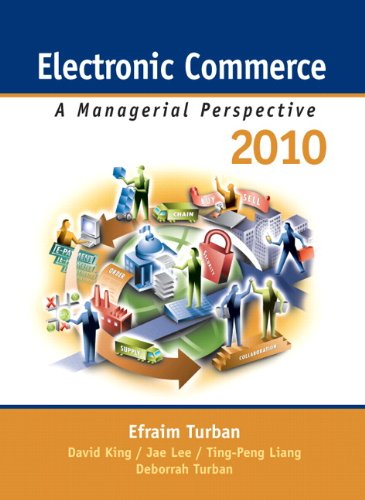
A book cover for Electronic Commerce 2010: A Managerial Perspective; Efraim Turban; Computers & Technology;